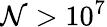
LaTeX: \mathcal{N}>10^{7}